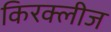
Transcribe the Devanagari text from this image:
किरक्लीज